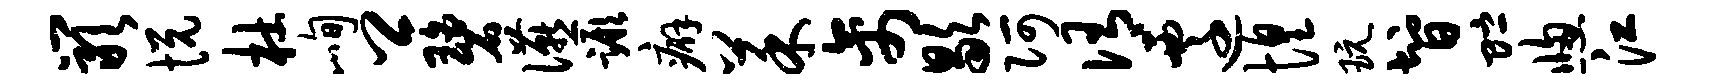
岩悦杜峋卿碧宴蹶癖菜禽歇阿侑迁惶玩智贮窗江